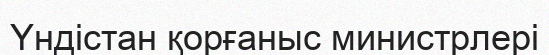
Үндістан қорғаныс министрлері